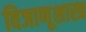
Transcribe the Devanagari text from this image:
विजाणूशास्त्र